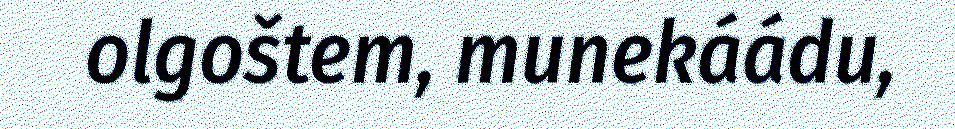
olgoštem, munekáádu,